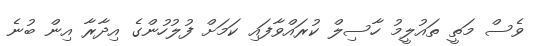
ވެސް މަތީ ތައުލީމު ހާސިލް ކުރައްވާފައި ކަމަށް ފުލުހުންގެ އިދާރާ އިން ބުނެ